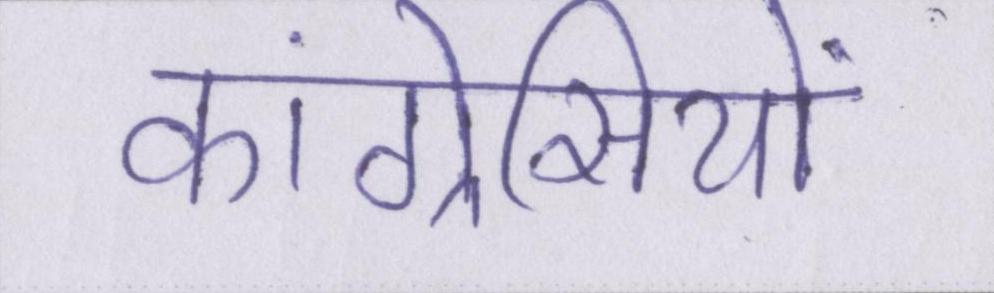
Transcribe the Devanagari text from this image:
कांग्रेसियों